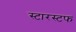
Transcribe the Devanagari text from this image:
स्टारस्टफ